Annual report of lunatic asylums [Bombay] - 1912-1922
Year: 1912
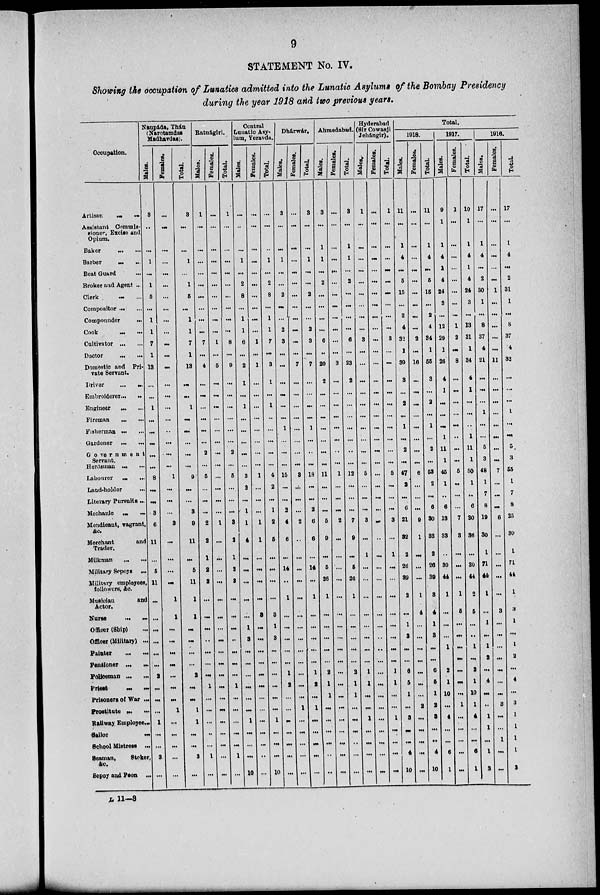
9
STATEMENT No. IV.
Showing the occupation of Lunatics admitted into the Lunatic Asylums of the Bombay Presidency
during the year 1918 and two previous years.
Occupation.
Artisan ... ...
Assistant Commis-
sioner, Excise and
Opium.
Baker ... ...
Barber
...
...
Beat Guard ...
Broker and Agent ...
Clerk ... ...
Compositor ... ...
Compounder ... ...
Cook ... ...
Cultivator ... ...
Doctor
...
...
Domestic and Pri-
vate Servant.
Driver
...
...
Embroiderer ... ...
Engineer ... ...
Fireman ... ...
Fisherman ... ...
Gardener ... ...
Government
Servant.
Herdsman ... ...
Labourer ... ...
Land-holder ... ...
Literary Pursuits...
Mechanic
...
...
Mendicant, vagrant,
&c.
Merchant
and
Trader.
Milkman ... ...
Military Sepoys ...
Military employees,
followers, &c.
Musician
and
Actor.
Nurse
...
...
Officer (Ship)
...
Officer (Military) ...
Painter ... ...
Pensioner ... ...
Policeman ... ...
Priest
...
...
Prisoners of War ...
Prostitute ... ...
Railway Employee ...
Sailor
...
School Mistress ...
Seaman,
Stoker,
&c.
Sepoy and Peon ...
Naupáda, Thán
(Narotamdas
Madhavdas).
Males.
3
...
...
1
...
1
5
...
1
1
7
1
13
...
...
1
...
...
...
...
...
8
...
...
3
6
11
...
5
11
...
...
...
...
...
...
2
...
...
...
1
...
...
3
...
Females.
...
...
...
...
...
...
...
...
...
...
...
...
...
...
...
...
...
...
...
...
...
1
...
...
...
3
...
...
...
...
1
1
...
...
...
...
...
...
...
1
...
...
...
...
...
Total.
3
...
...
1
...
1
5
...
1
1
7
1
13
...
...
1
...
...
...
...
...
9
...
...
3
9
11
...
5
11
1
1
...
...
...
...
2
...
...
1
1
...
...
3
...
Ratnágiri.
Males.
1
...
...
...
...
...
...
...
...
...
7
...
4
...
...
...
...
...
...
2
...
5
...
...
...
2
2
1
2
2
...
...
...
...
...
...
...
1
...
...
...
..
...
1
...
Females.
...
...
...
...
...
...
...
...
...
...
1
...
5
...
...
...
...
...
...
...
...
...
...
...
...
1
...
...
...
...
...
...
...
...
...
...
...
...
...
...
...
...
...
...
...
Total.
1
...
...
...
...
...
...
...
...
...
8
...
9
...
...
...
...
...
...
2
...
5
...
...
...
3
2
1
2
2
...
...
...
...
...
...
...
1
...
...
...
...
...
1
...
Central
Lunatic Asy-
lum, Yeravda
Males.
...
...
...
1
...
2
8
...
1
1
6
...
2
1
...
1
...
...
...
...
...
3
2
...
1
1
4
...
...
...
...
...
1
3
...
...
...
...
...
...
1
...
...
...
10
Females.
...
...
...
...
...
...
...
...
...
...
1
...
1
...
...
...
...
...
...
...
...
1
...
...
...
1
1
...
...
...
...
3
...
...
...
...
...
...
...
...
...
...
...
...
...
Total.
...
...
1
...
2
8
...
1
1
7
...
3
1
...
1
...
...
...
...
...
4
2
...
1
2
5
...
...
...
...
3
1
3
...
...
...
...
...
...
1
...
...
...
10
Dhárwár,
Males.
3
...
...
1
...
...
2
...
...
2
3
...
...
...
...
...
...
1
...
...
...
15
...
...
2
4
6
...
14
...
1
...
...
...
...
...
1
2
...
...
...
...
...
...
...
Females.
...
...
...
...
...
...
...
...
...
...
...
...
7
...
...
...
...
...
...
...
...
3
...
...
...
2
...
...
...
...
...
...
...
...
...
...
...
...
...
1
...
...
...
...
...
Total.
3
...
...
1
...
...
2
...
...
2
3
...
7
...
...
...
...
1
...
...
...
18
...
...
2
6
6
...
14
...
1
...
...
...
...
...
1
2
...
1
...
...
...
...
...
Ahmedabad.
Males.
3
...
1
1
...
2
...
...
...
...
6
...
20
2
...
...
...
...
...
...
...
11
...
...
...
5
9
...
5
26
1
...
...
...
...
...
2
1
1
...
...
...
...
...
...
Females.
...
...
...
...
...
...
...
...
...
...
...
...
3
...
...
...
...
...
...
...
...
1
...
...
...
2
...
...
...
...
...
...
...
...
...
...
...
...
...
...
...
...
...
...
...
Total.
3
...
1
1
...
2
...
...
...
...
6
...
23
2
...
...
...
...
...
...
...
12
...
...
...
7
9
...
5
26
1
...
...
...
...
...
2
1
1
...
...
...
..
...
...
Hyderabad
(Sir Cowasji
Jehángir).
Males.
1
...
...
...
...
...
...
...
...
...
3
...
...
...
...
...
...
...
...
...
...
5
...
...
...
3
...
1
...
...
...
...
...
...
...
...
1
1
...
...
1
...
...
...
...
Females.
...
...
...
...
...
...
...
...
...
...
...
...
...
...
...
...
...
...
...
...
...
...
...
...
...
...
...
...
...
...
...
...
...
...
...
...
...
...
...
...
...
...
...
...
...
Total.
1
...
...
...
...
...
...
...
...
...
3
...
...
...
...
...
...
...
...
...
...
5
...
...
...
3
...
1
...
...
...
...
...
...
...
...
1
1
...
...
1
...
...
...
...
Total.
1918.
Males.
11
...
1
4
...
5
15
...
2
4
32
1
39
3
...
2
...
1
...
2
...
47
2
...
6
21
32
2
26
39
2
...
1
3
...
...
6
5
1
...
3
...
...
4
10
Females.
...
...
...
...
...
...
...
...
...
...
2
...
16
...
...
...
...
...
...
...
...
6
...
...
...
9
1
...
...
...
1
4
...
...
...
...
...
...
...
2
...
...
...
...
...
Total.
11
...
1
4
...
5
15
...
2
4
34
1
55
3
...
...
...
1
...
2
...
53
2
...
6
30
33
2
26
39
3
4
1
3
...
...
6
5
1
2
3
...
...
4
10
1917.
Males.
9
1
1
4
1
4
24
3
...
12
29
1
26
4
1
...
...
...
1
11
1
45
1
...
6
13
33
...
30
44
1
...
...
...
1
...
2
1
10
...
4
...
...
6
1
Females.
1
...
...
...
...
...
...
...
...
1
2
...
8
...
...
...
...
...
...
...
...
5
...
...
...
7
3
...
...
...
1
5
...
...
...
...
...
...
...
1
...
...
...
...
...
Total.
10
1
1
4
1
4
24
3
...
13
31
1
34
4
1
...
...
...
1
11
1
50
1
..
6
20
36
...
30
44
2
5
...
..
1
...
2
1
10
1
4
...
...
6
1
1916.
Males.
17
...
1
4
...
2
30
1
...
8
37
4
21
...
...
...
1
...
...
5
3
48
1
7
8
19
30
1
71
44
1
...
1
...
1
2
...
4
...
...
1
1
...
1
3
Females.
...
...
...
...
...
...
1
...
...
...
...
...
11
...
...
...
...
...
...
...
...
7
...
...
...
6
...
...
...
...
...
3
...
...
...
...
...
...
...
3
...
...
1
...
...
Total.
17
...
1
4
...
2
31
1
. ...
8
37
4
32
...
...
...
1
...
...
5
3
55
1
7
8
25
30
1
71
44
1
3
1
...
1
2
...
4
...
3
1
1
1
1
3
L 11—3